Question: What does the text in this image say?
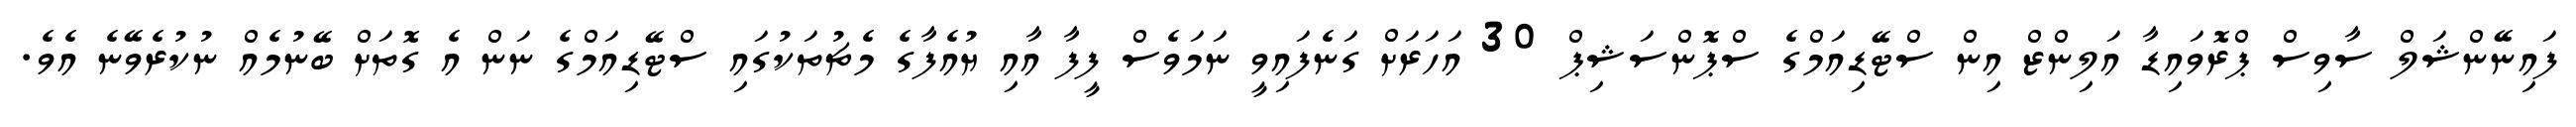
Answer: ފައިނޭންޝަލް ސާވިސް ޕްރޮވައިޑާ އަލިންޒް އިން ސްޓޭޑިއަމްގެ ސްޕޮންސަޝިޕް 30 އަހަރަށް ގަނެފައިވީ ނަމަވެސް ފީފާ އާއި ޔުއެފާގެ މެޗުތަކުގައި ސްޓޭޑިއަމްގެ ނަން އެ ގޮތަށް ބޭނުމެއް ނުކުރެވޭނެ އެވެ.